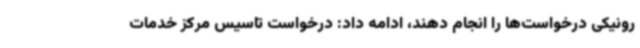
رونیکی درخواست‌ها را انجام دهند، ادامه داد: درخواست تاسیس مرکز خدمات